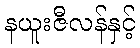
နယူးဇီလန်နှင့်